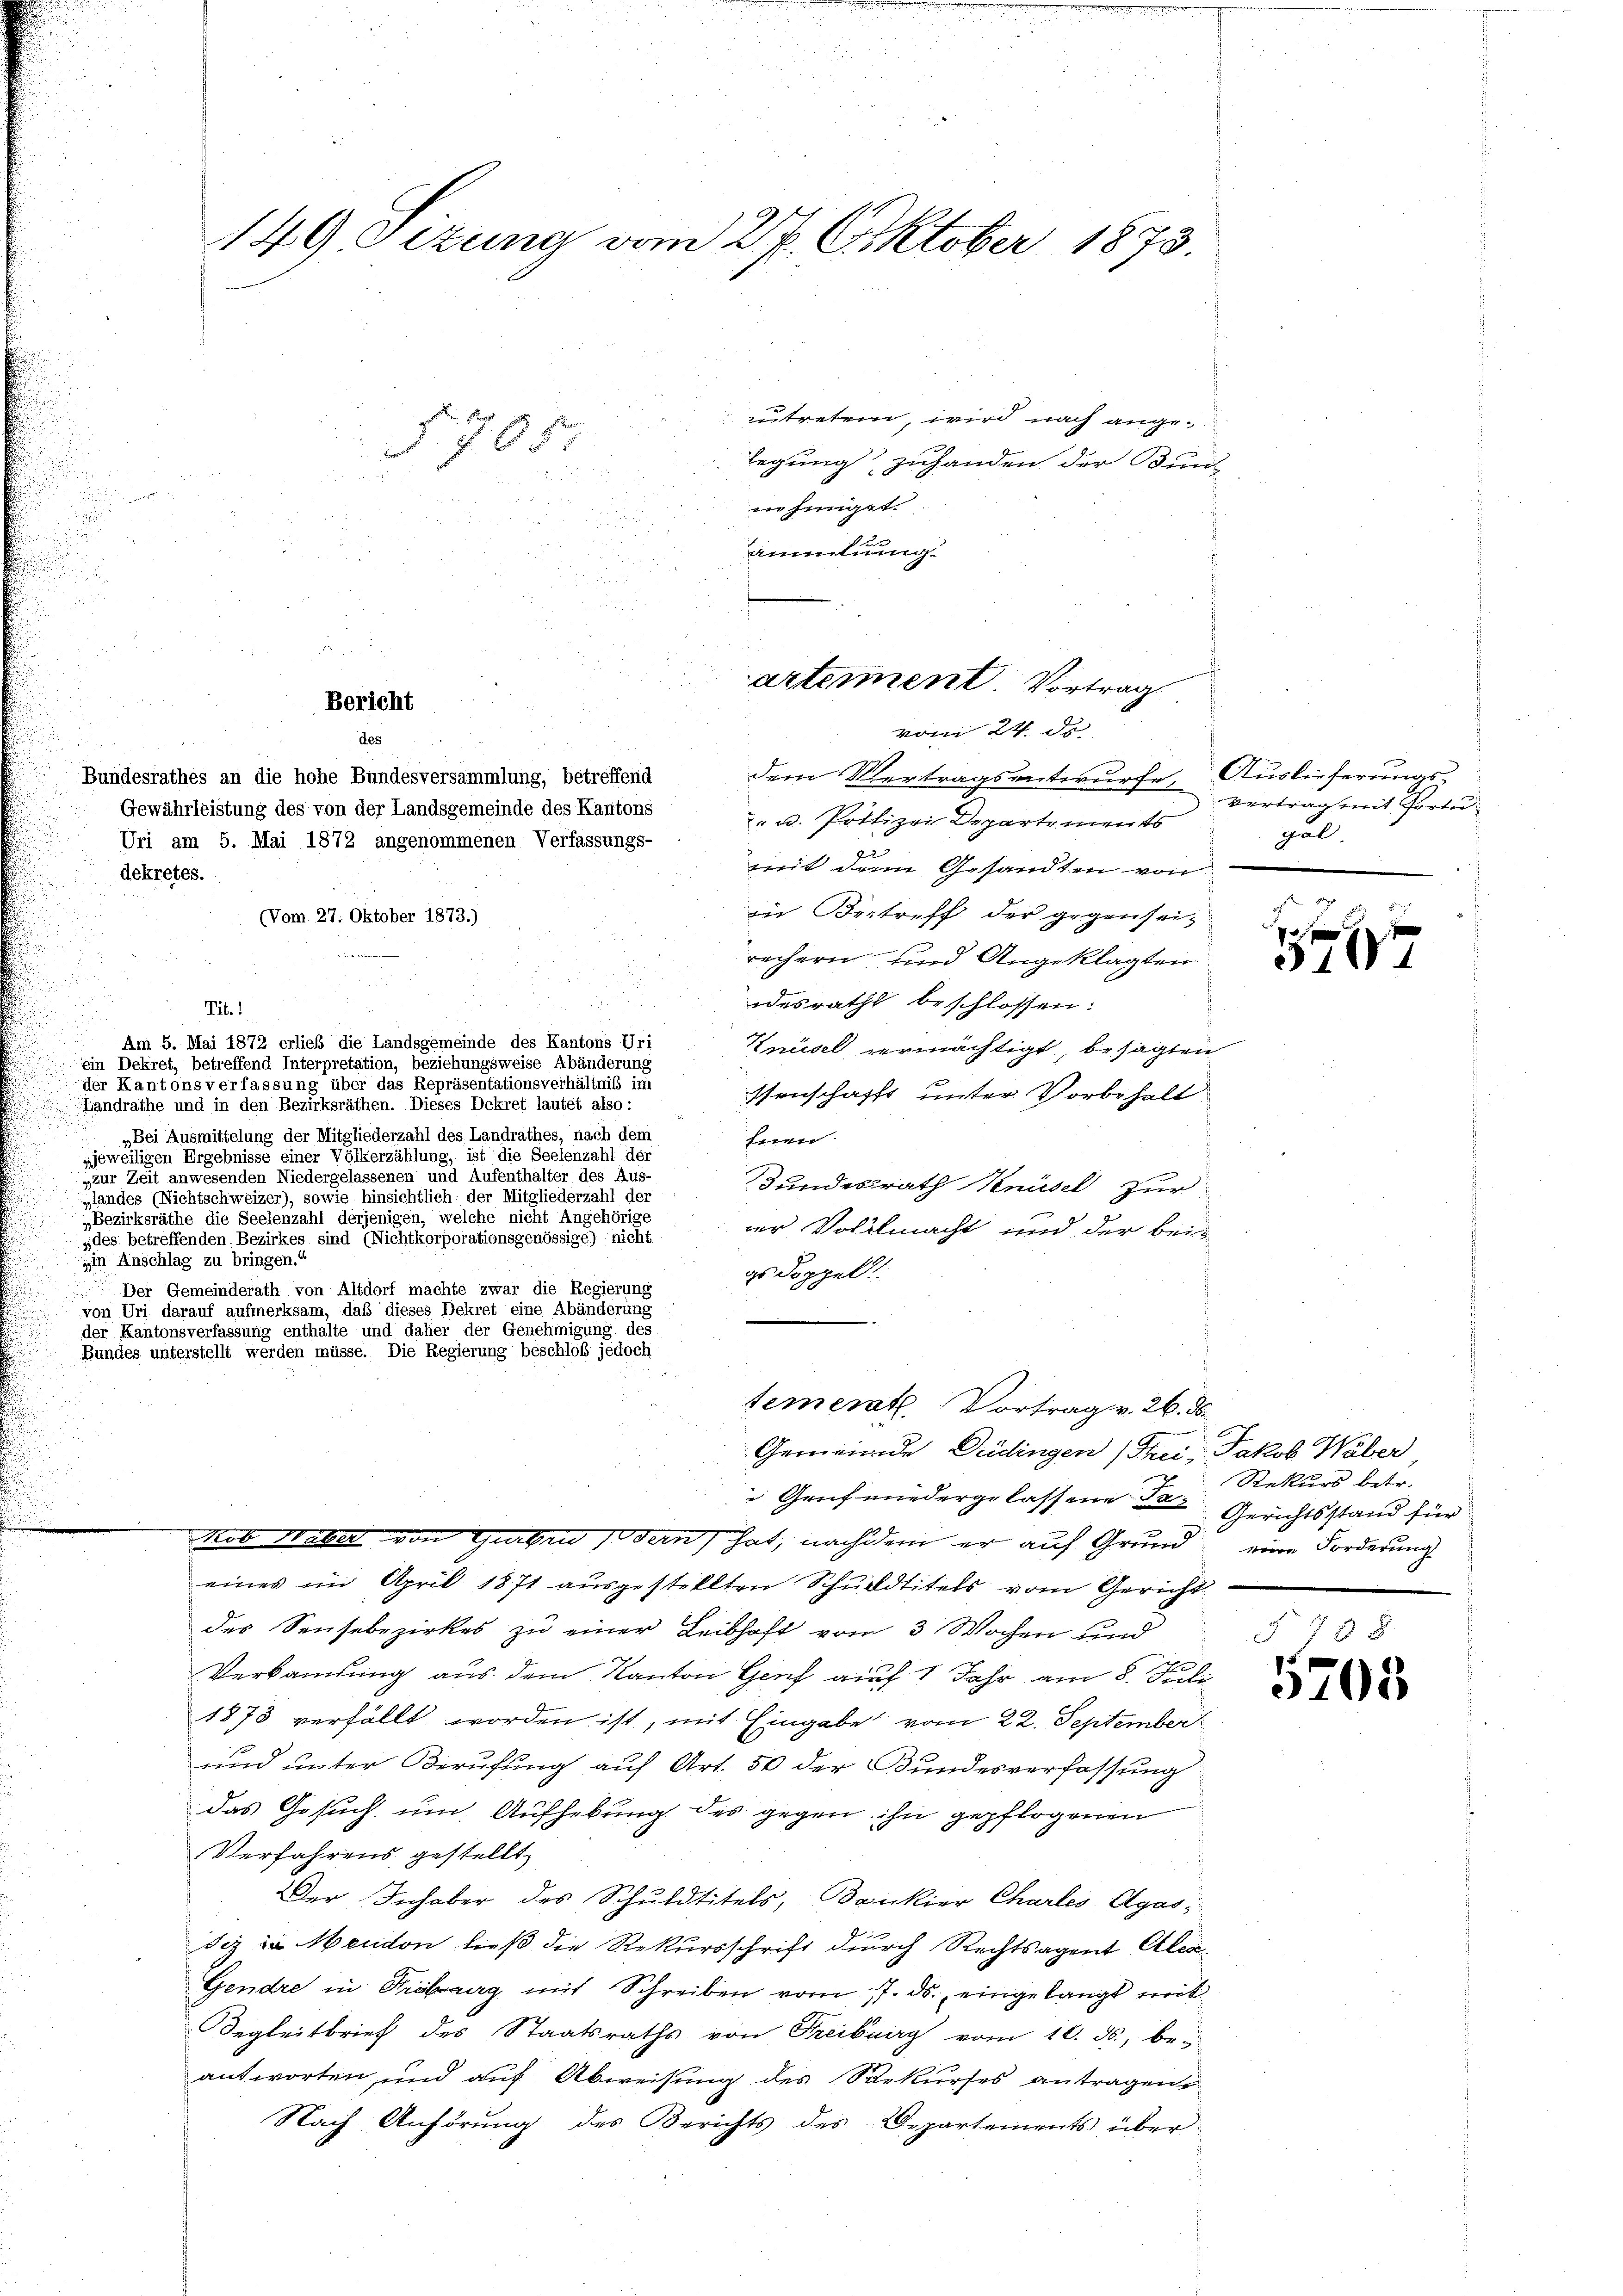
zutreten, wird nach angelegung zuhanden der Bund
e
wie einiget.
äitung
5
25
dem Vertragsentwurfe, Auslieferungs-
" u. Pottizei Departements
mit dem Gesandten von
in Bertreff der gegensei-
rechern und Angeklagten
odesrath beschlossen:
Tit. 1
Am 5. Mai 1872 erließ die Landsgemeinde des Kantons Uri
Knüsel vermächtigt, besagten
ein Dekret, betreffend Interpretation, beziehungsweise Abänderung
der Kantonsverfassung über das Repräsentationsverhältniß im
ssenschafft unter Vorbehalt
Landrathe und in den Bezirksräthen. Dieses Dekret lautet also:
„Bei Ausmittelung der Mitgliederzahl des Landrathes, nach dem
hnen.
„jeweiligen Ergebnisse einer Völkerzählung, ist die Seelenzahl der
„zur Zeit anwesenden Niedergelassenen und Aufenthalter des Aus-
Bundesrath Knüsel zur
landes (Nichtschweizer), sowie hinsichtlich der Mitgliederzahl der
„Bezirksräthe die Seelenzahl derjenigen, welche nicht Angehörige
der Vollmacht und der bei-
des betreffenden Bezirkes sind (Nichtkorporationsgenössige) nicht
in Anschlag zu bringen.“
gs Doppel
Der Gemeinderath von Altdorf machte zwar die Regierung
von Uri darauf aufmerksam, daß dieses Dekret eine Abänderung
der Kantonsverfassung enthalte und daher der Genehmigung des
Bundes unterstellt werden müsse. Die Regierung beschloß jedoch
tementl. Vortrag v. 26. 56.
Gemeinde Düdingen (Frei, Jakob Waber
 Genf wiedergelassene Ta-Gerichtsstand für
kob Water von Gurbrudern hat, nachdem er auf Grund eine Forderung
eines im April 1871 ausgestellten Schuldtitels vom Gericht
des Sensebezirkes zu einer Leibhaft vom 3 Wochen und
Verkamsung aus dem Kanton Genf auf 1 Jahr am 8. Juli
1873 verfällt worden ist, mit Eingabe vom 22. September
und unter Berufung auf Art. 50 der Bundesverfassung
das Gesuch um Aufhebung des gegen ihn gepflogenen
Verfahrens gestellt,
Der Inhaber des Schuldtitels, Bankier Chartes Agasdiz in Mendon ließ die Rekursschrift durch Rechtsagent Alca¬
Gendre in Kiburg mit Schreiben vom 17. ds. eingelangt mit¬
Begleitbrief des Staatsraths von Freiburg vom 10. ds., be-
antworten, und auf Abweisung des Sekurses antragen,
Nach Anhörung des Berichts des Departements über

dekretes.

149 Sizung vom 27. Oktober 1873.

§ 765

des

Bericht

Bundesrathes an die hohe Bundesversammlung, betreffend
Gewährleistung des von der Landsgemeinde des Kantons
Uri am 5. Mai 1872 angenommenen Verfassungs-
(Vom 27. Oktober 1873.)

artement. Vortrag
vom 24. de

Vertrag mit Portu
gal

1 xx

Rekurs betr.

§ 738
5703